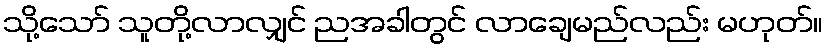
သို့သော် သူတို့လာလျှင် ညအခါတွင် လာချေမည်လည်း မဟုတ်။